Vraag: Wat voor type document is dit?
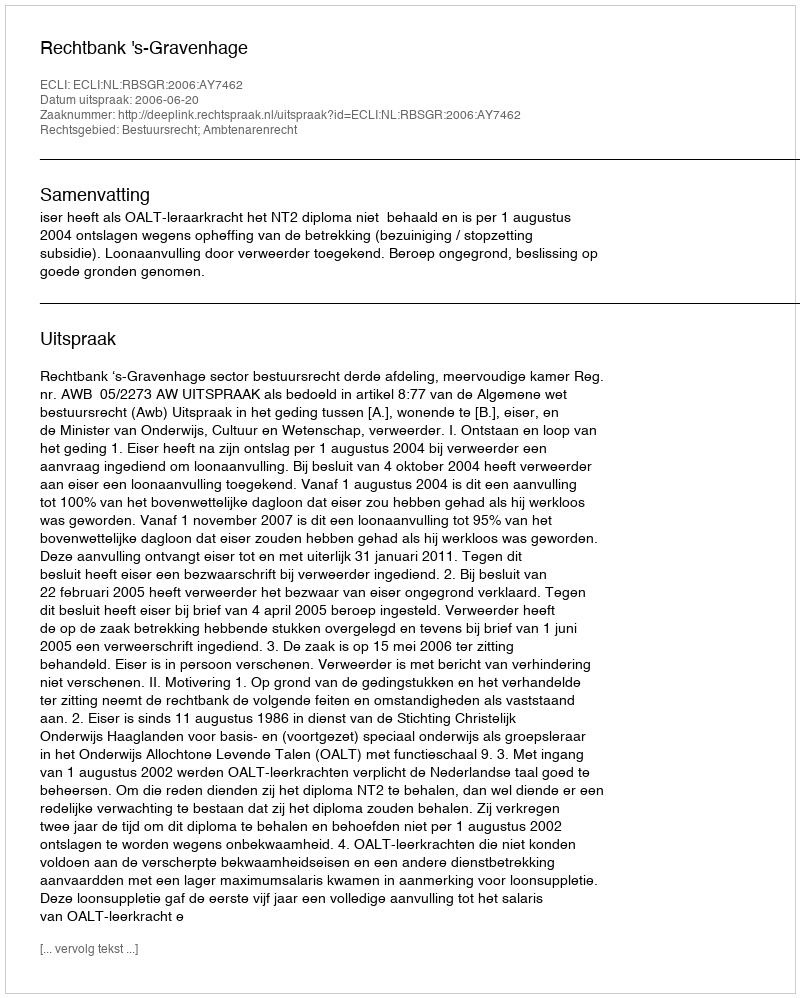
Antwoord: Uitspraak